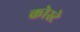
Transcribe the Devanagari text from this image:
कोस्टे